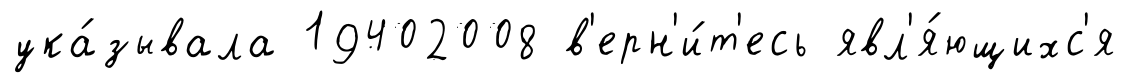
ука́зывала 19402008 в'ерн'и́т'есь явл'я́ющихс'я